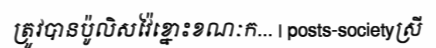
ត្រូវបានប៉ូលិសវ៉ៃខ្នោះខណៈក... | posts-societyស្រី